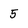
Character: 5